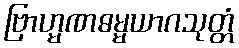
ဗြာဟ္မဏဓမ္မယာဂသုတ္တံ